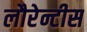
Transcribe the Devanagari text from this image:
लौरेन्टीस